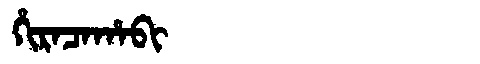
Manchu: ᡥᡳᡵᠠᠴᠠᡥᠠᠪᡳ
Romanization: HIRACAHABI